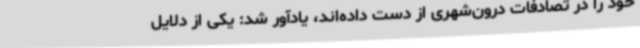
خود را در تصادفات درون‌شهری از دست داده‌اند، یادآور شد: یکی از دلایل